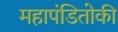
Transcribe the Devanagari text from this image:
महापंडितोकी